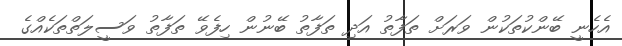
އެހެނީ ބޭންކުތަކުން ވަރަށް ތަފާތު އަދި ތަފާތު ބޭނުން ހިފެވޭ ތަފާތު ވަސީލަތްތަކެއްގެ